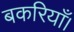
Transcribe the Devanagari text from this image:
बकरियाँ।